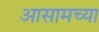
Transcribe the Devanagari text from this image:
अासामच्या